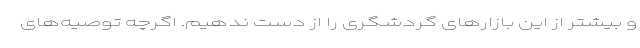
و بیشتر از این بازارهای گردشگری را از دست ندهیم. اگرچه توصیه‌های